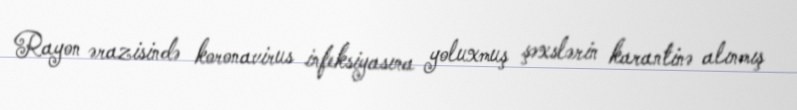
Rayon ərazisində koronavirus infeksiyasına yoluxmuş şəxslərin karantinə alınmış